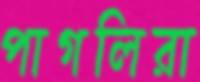
পাগলিরা